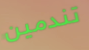
تندمين